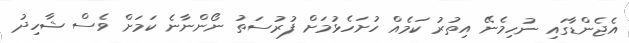
އެޖެންޑާގައި ނުހިމެނޭ އިތުރު ކަމެއް ހުށަހެޅުމަށް ފުރުސަތު ނޯންނާނެ ކަމަށް ވެސް ޝާހިދު